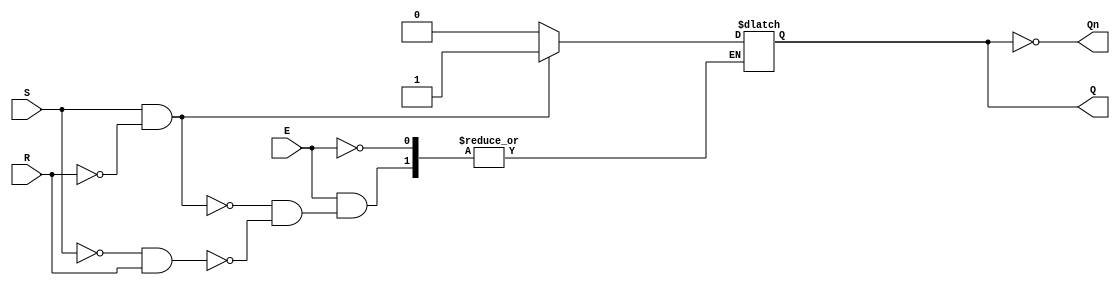
module gated_sr_latch (
    input wire S,      // Set input
    input wire R,      // Reset input
    input wire E,      // Enable input
    output reg Q,      // Output Q
    output wire Qn     // Complementary output (not Q)
);

    assign Qn = ~Q; // Complement of Q

    always @ (S, R, E) begin
        if (E) begin
            if (S && ~R) begin
                Q <= 1'b1; // Set Q to 1
            end else if (~S && R) begin
                Q <= 1'b0; // Reset Q to 0
            end // If S = 0 and R = 0, Q retains its previous state
            // S = 1 and R = 1 is considered invalid and should be avoided
        end
        // If E = 0, Q retains its previous state
    end

endmodule